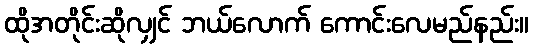
ထိုအတိုင်းဆိုလျှင် ဘယ်လောက် ကောင်းလေမည်နည်း။